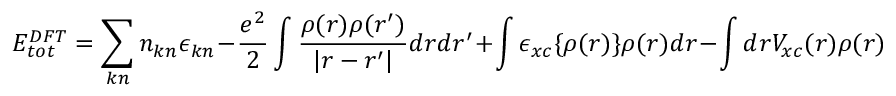
E _ { t o t } ^ { D F T } = \sum _ { k n } n _ { k n } \epsilon _ { k n } - \frac { e ^ { 2 } } { 2 } \int \frac { \rho ( r ) \rho ( r ^ { \prime } ) } { | r - r ^ { \prime } | } d r d r ^ { \prime } + \int \epsilon _ { x c } \{ \rho ( r ) \} \rho ( r ) d r - \int d r V _ { x c } ( r ) \rho ( r )